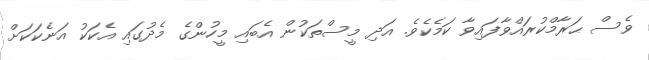
ވެސް ޙަރާމްކުރައްވާފައިވާ ކަމެކެވެ. އަދި މީސްތަކުން އެބައި މީހުންގެ މެދުގައި އެކަކު އަނެކަކަށް